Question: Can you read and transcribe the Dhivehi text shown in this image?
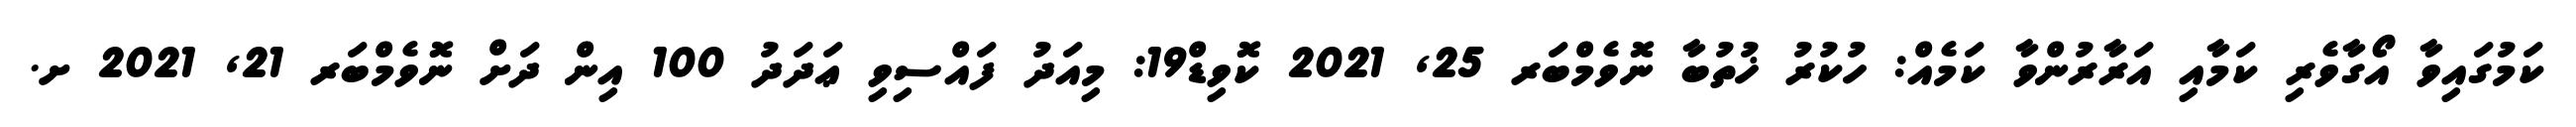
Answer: ކަމުގައިވާ އޯގާވެރި ކަމާއި އަރާރުންވާ ކަމެއް: ހުކުރު ޚުތުބާ ނޮވެމްބަރ 25, 2021 ކޮވިޑް19: މިއަދު ފައްސިވި ޢަދަދު 100 އިން ދަށް ނޮވެމްބަރ 21, 2021 ށ.